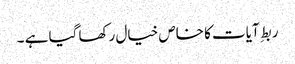
ربطِ آیات کا خاص خیال رکھا گیا ہے ۔